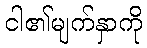
ငါ၏မျက်နှာကို